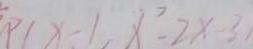
P ( x - 1 , x ^ { 2 } - 2 x - 3